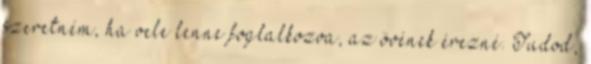
szeretném, ha vele lenne foglalkozva, az övének érezné. Tudod,